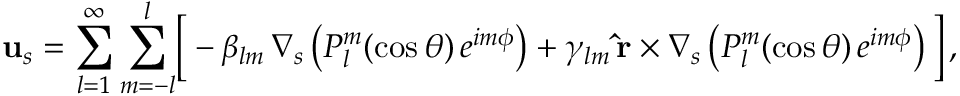
\begin{array} { r } { \mathbf { u } _ { s } = \displaystyle { \sum _ { l = 1 } ^ { \infty } } \, \displaystyle { \sum _ { m = - l } ^ { l } } \Big [ - \beta _ { l m } \, { \boldsymbol \nabla } _ { s } \left( P _ { l } ^ { m } ( \cos \theta ) \, e ^ { i m \phi } \right) + \gamma _ { l m } \, { \bf \hat { r } } \times { \boldsymbol \nabla } _ { s } \left( P _ { l } ^ { m } ( \cos \theta ) \, e ^ { i m \phi } \right) \Big ] \, , } \end{array}